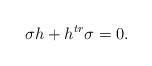
LaTeX: \begin{align*}\sigma h+h^{tr}\sigma=0.\end{align*}